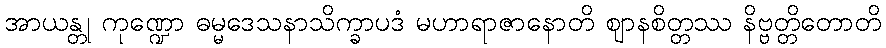
အာယန္တု ကုဏ္ဍော ဓမ္မဒေသနာသိက္ခာပဒံ မဟာရာဇာနောတိ ဈာနစိတ္တဿ နိဗ္ဗတ္တိတောတိ